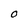
Character: O